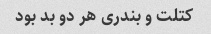
کتلت و بندری هر دو بد بود